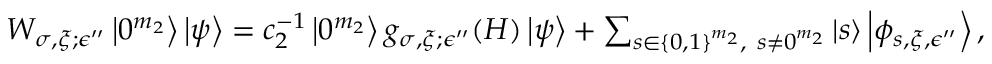
\begin{array} { r } { W _ { \sigma , \xi ; \epsilon ^ { \prime \prime } } \left| 0 ^ { m _ { 2 } } \right\rangle \left| \psi \right\rangle = c _ { 2 } ^ { - 1 } \left| 0 ^ { m _ { 2 } } \right\rangle g _ { \sigma , \xi ; \epsilon ^ { \prime \prime } } ( H ) \left| \psi \right\rangle + \sum _ { s \in \{ 0 , 1 \} ^ { m _ { 2 } } , ~ s \neq 0 ^ { m _ { 2 } } } \left| s \right\rangle \left| \phi _ { s , \xi , \epsilon ^ { \prime \prime } } \right\rangle , } \end{array}